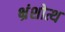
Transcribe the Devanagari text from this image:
भ्रंशोत्थ